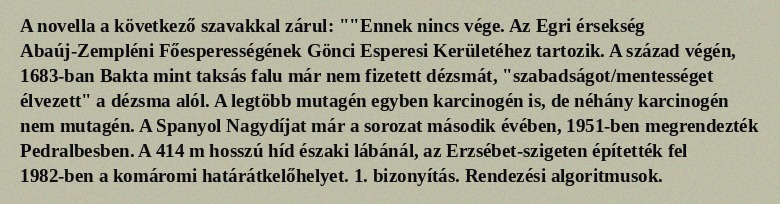
A novella a következő szavakkal zárul: ""Ennek nincs vége. Az Egri érsekség Abaúj-Zempléni Főesperességének Gönci Esperesi Kerületéhez tartozik. A század végén, 1683-ban Bakta mint taksás falu már nem fizetett dézsmát, "szabadságot/mentességet élvezett" a dézsma alól. A legtöbb mutagén egyben karcinogén is, de néhány karcinogén nem mutagén. A Spanyol Nagydíjat már a sorozat második évében, 1951-ben megrendezték Pedralbesben. A 414 m hosszú híd északi lábánál, az Erzsébet-szigeten építették fel 1982-ben a komáromi határátkelőhelyet. 1. bizonyítás. Rendezési algoritmusok.